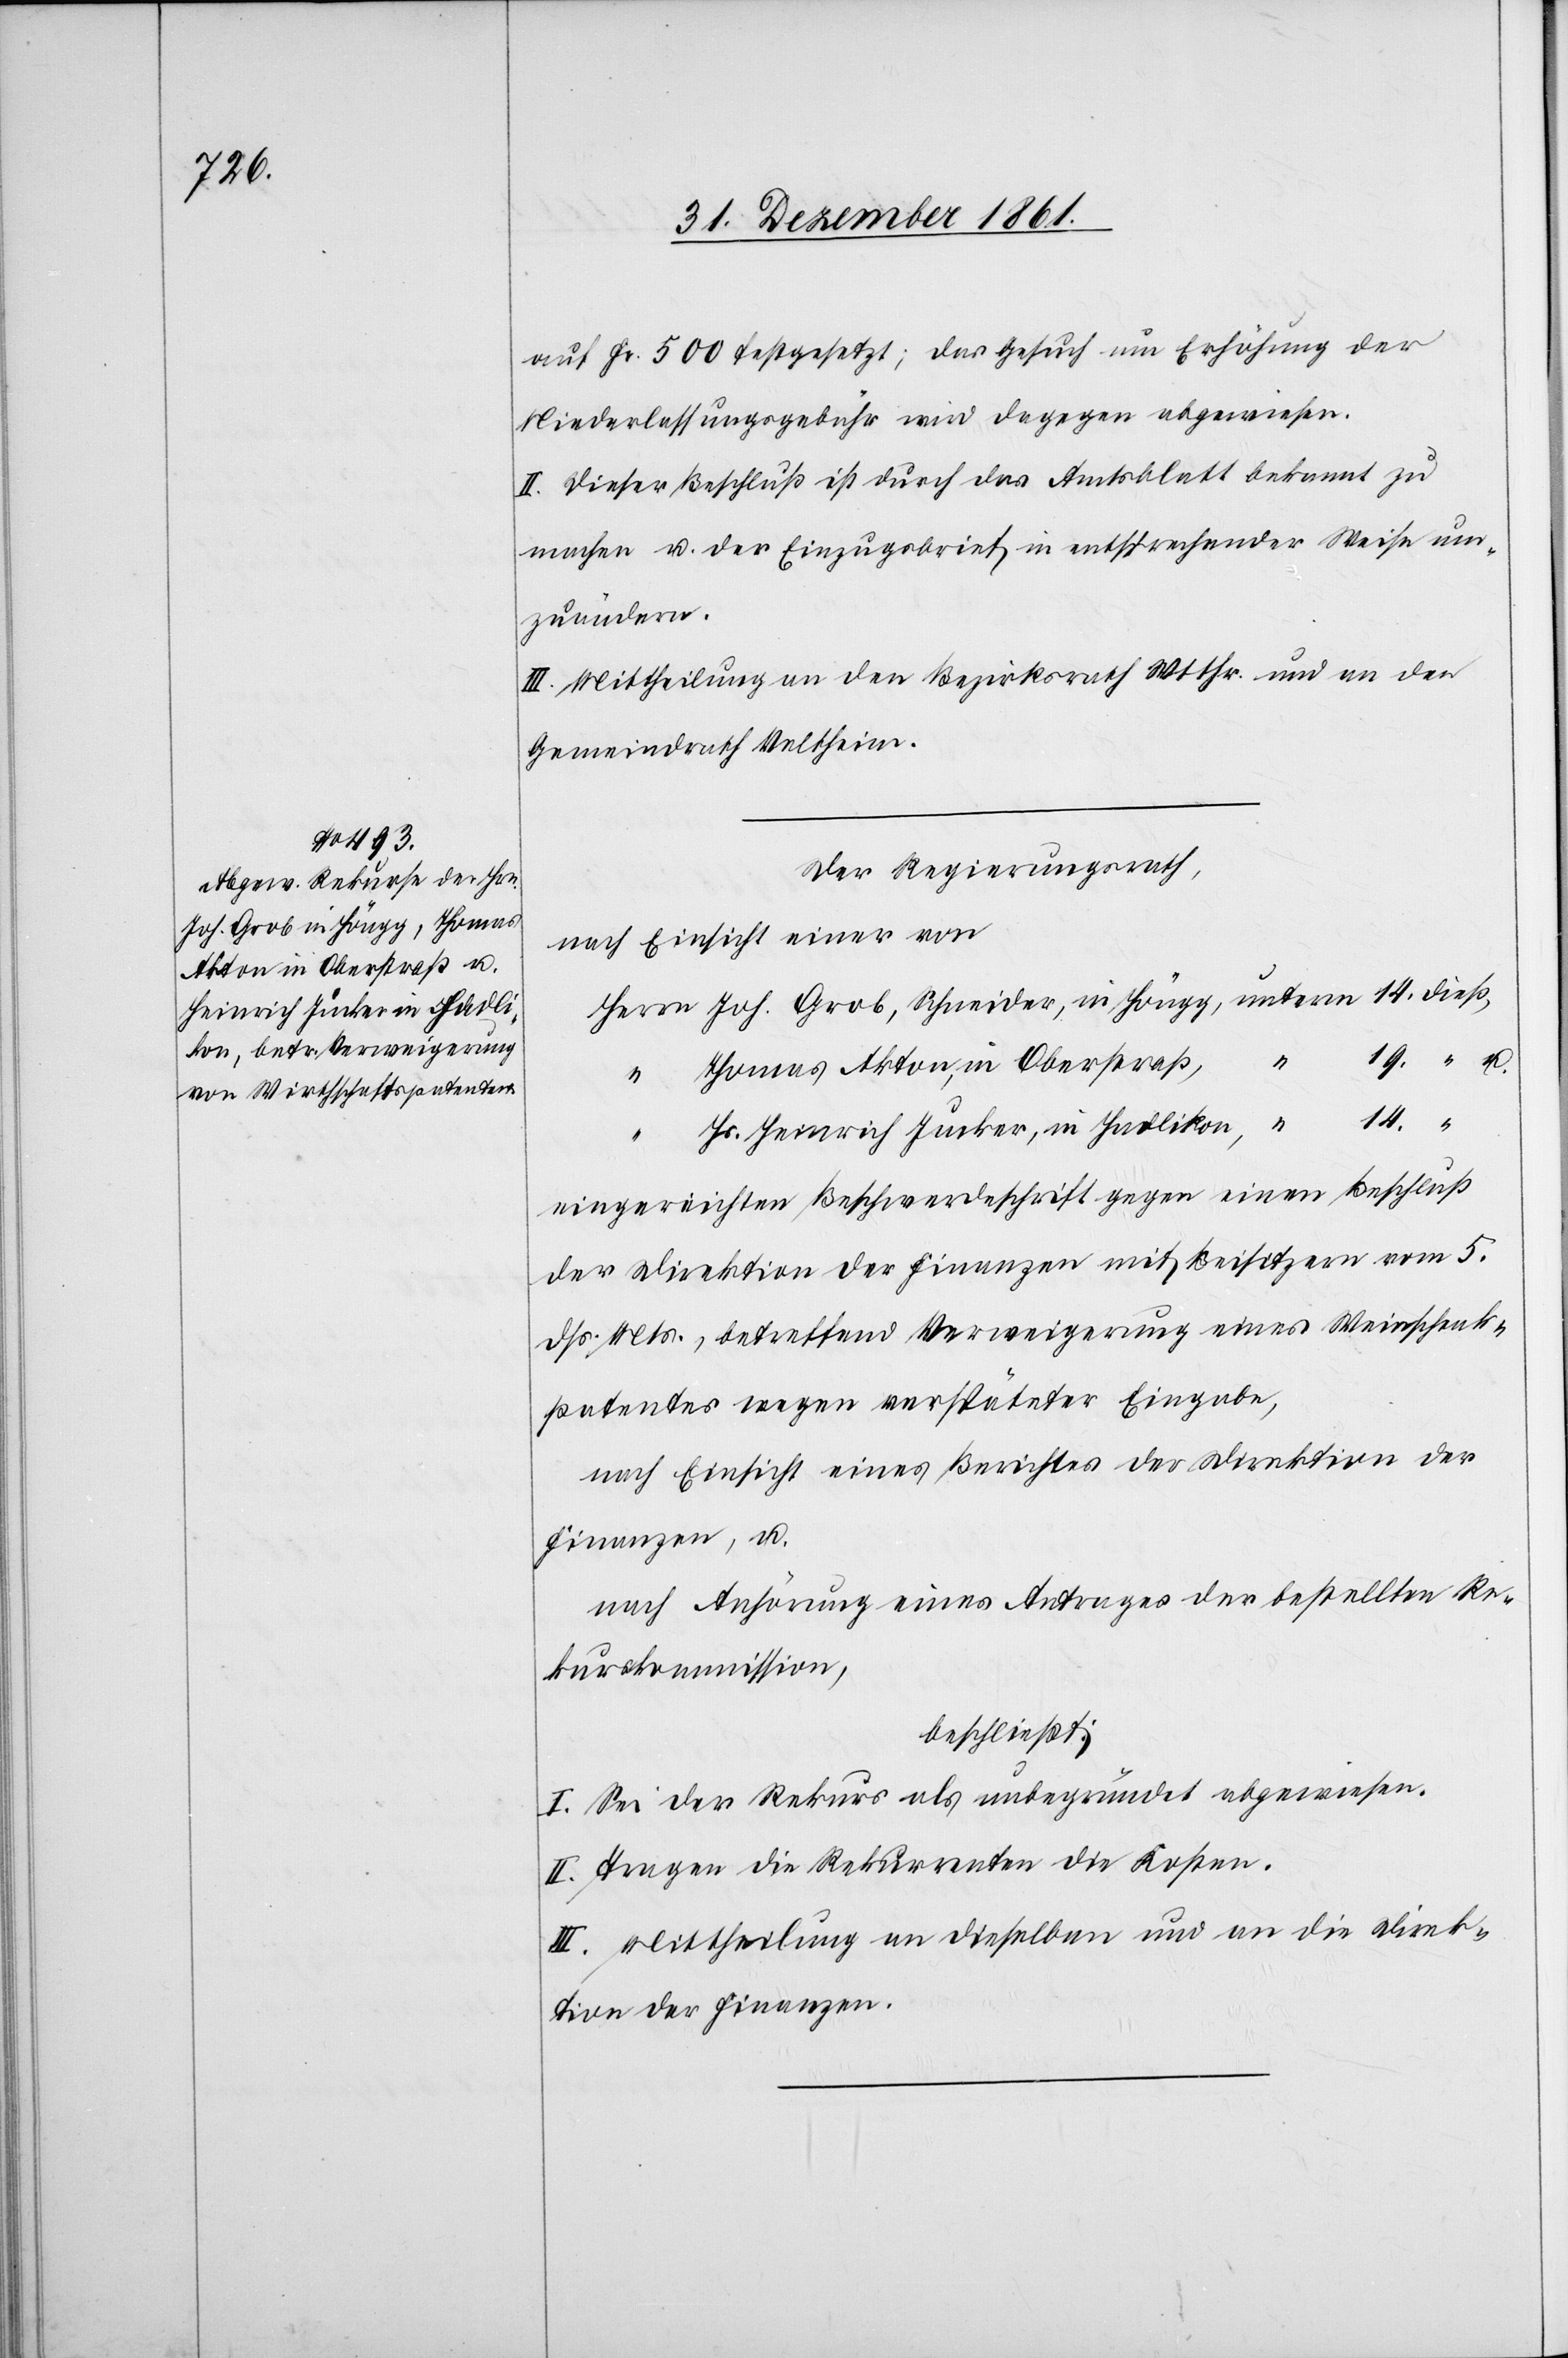
auf Fr. 500 festgesetzt; das Gesuch um Erhöhung der
Niederlassungsgebühr wird dagegen abgewiesen.
II. Dieser Beschluß ist durch das Amtsblatt bekannt zu
machen u. der Einzugsbrief in entsprechender Weise um¬
zuändern.
III. Mittheilung an den Bezirksrath Wtthr. und an den
Gemeindrath Veltheim.
Der Regierungsrath,
nach Einsicht einer von
Herrn Joh. Grob, Schneider in Höngg, unterm 14 dieß,
“
Thomas Akton, in Oberstraß,
u.
Hs. Heinrich Jucker, in Hadlikon, “ 14 “
eingereichten Beschwerdeschrift gegen einen Beschluß
der Direktion der Finanzen mit Beisitzern vom 5
dss. Mts., betreffend Verweigerung eines Weinschenk¬
patentes wegen verspäteter Eingabe,
nach Einsicht eines Berichtes der Direktion der
Finanzen, u.
nach Anhörung eines Antrages der bestellten Re¬
kurskommission,
beschließt:
I. Sei der Rekurs als unbegründet abgewiesen.
II. Tragen die Rekurrenten die Kosten.
III. Mittheilung an dieselben und an die Direk¬
tion der Finanzen.